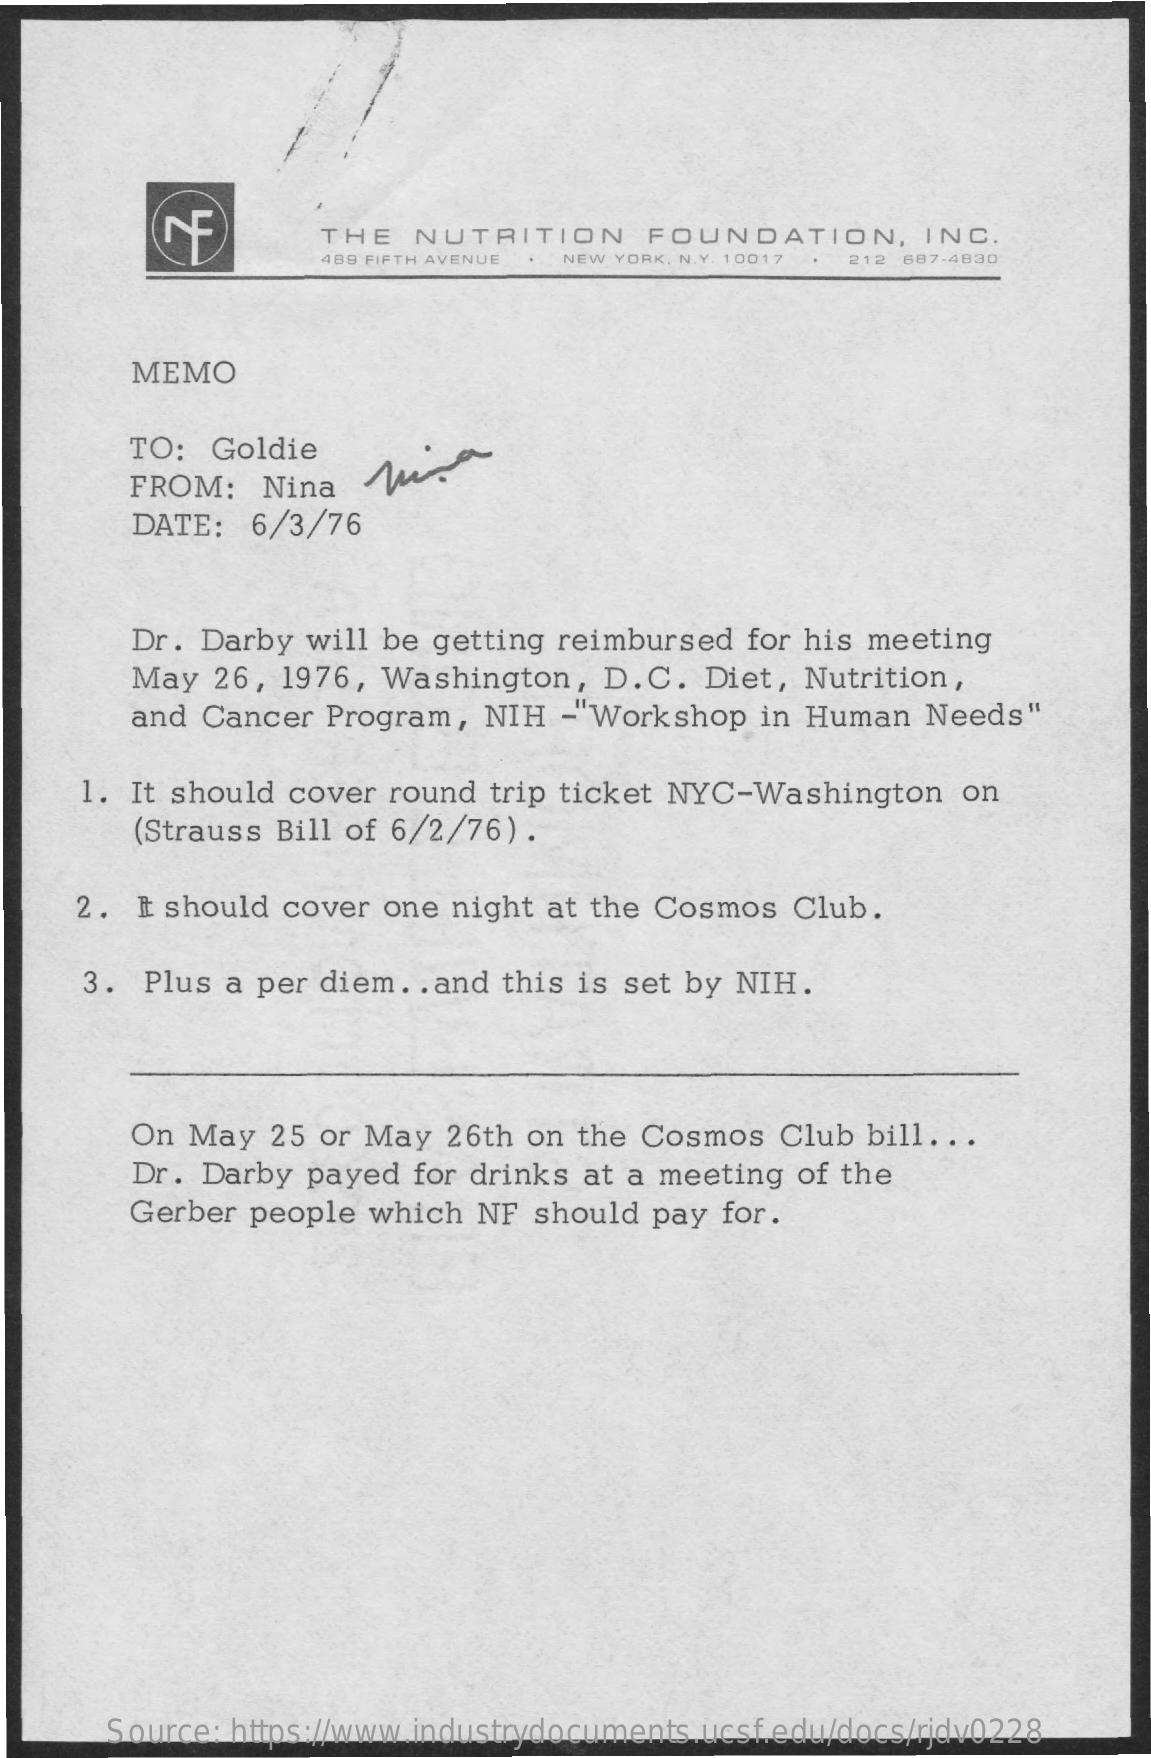
THE  NUTRITION    FOUNDATION,    INC.
     489 FIFTH AVENUE NEW YORK. N. Y. 10017 212 687-4830
     MEMO
     TO:  Goldie
     FROM:   Nina
     DATE:  6/3/76
     Dr. Darby will be getting reimbursed  for his meeting
     May  26, 1976, Washington,   D. C. Diet,  Nutrition,
     and  Cancer  Program,  NIH  - Workshop  in Human  Needs"
     1. It should cover  round trip ticket NYC-Washington    on
     (Strauss Bill of 6/2/76) .
     2.  It should cover one night at the Cosmos  Club.
     3. Plus a per diem  .. and this is set by NIH.
     On May  25 or May  26th on  the Cosmos  Club  bill ...
     Dr. Darby payed  for drinks at a meeting of the
     Gerber people which  NF  should pay  for.
     Source: https://www.industrydocuments.ucsf.edu/docs/rjdv0228